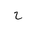
Letter: _ha